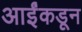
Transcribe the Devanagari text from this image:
आईंकडून